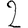
Digit: 2